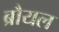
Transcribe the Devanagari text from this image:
ब्रौयल